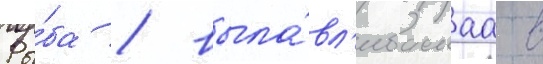
Ры́ба / выла́вл'иваемаа в